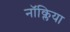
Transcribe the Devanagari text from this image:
नॉक्लिया